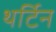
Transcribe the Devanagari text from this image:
थर्टिन